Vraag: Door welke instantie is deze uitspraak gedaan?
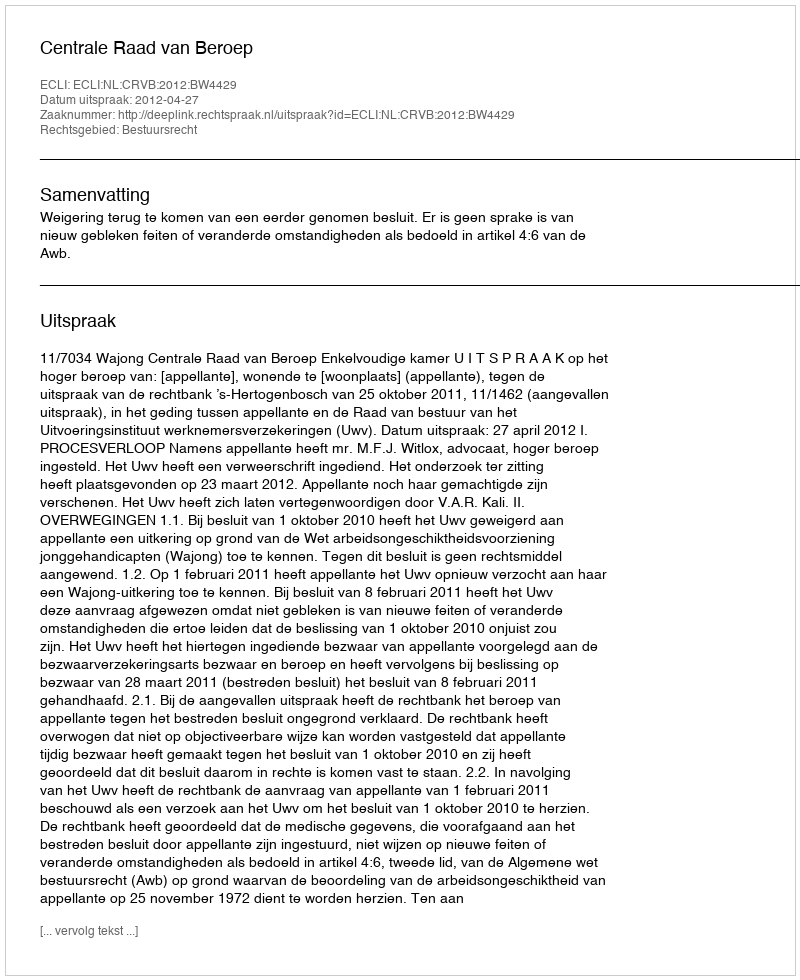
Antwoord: Centrale Raad van Beroep